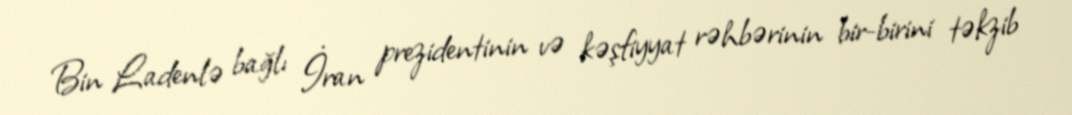
Bin Ladenlə bağlı İran prezidentinin və kəşfiyyat rəhbərinin bir-birini təkzib